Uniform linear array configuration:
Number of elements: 16
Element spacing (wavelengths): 1
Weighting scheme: blackman
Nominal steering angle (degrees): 30
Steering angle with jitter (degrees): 30.875
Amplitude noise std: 0.05
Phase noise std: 0.05

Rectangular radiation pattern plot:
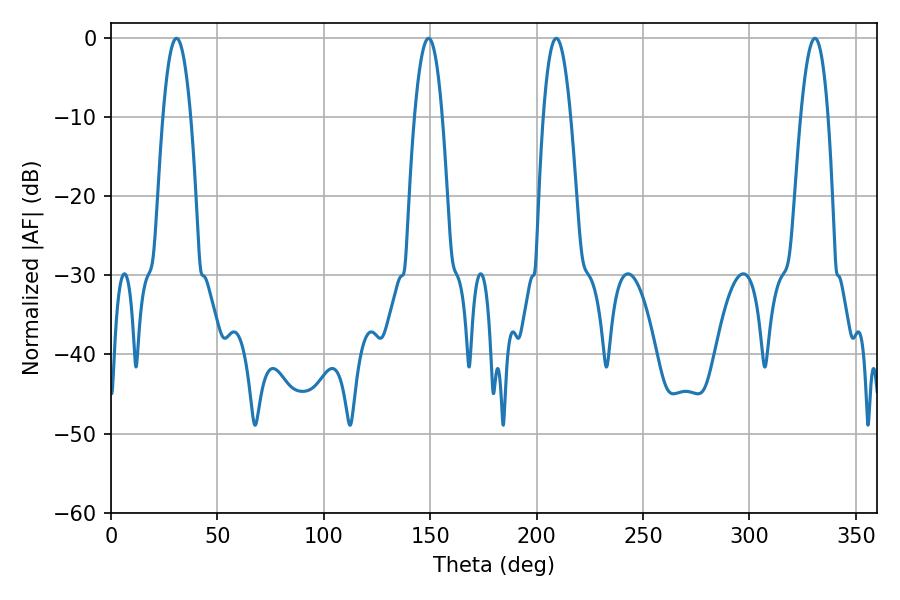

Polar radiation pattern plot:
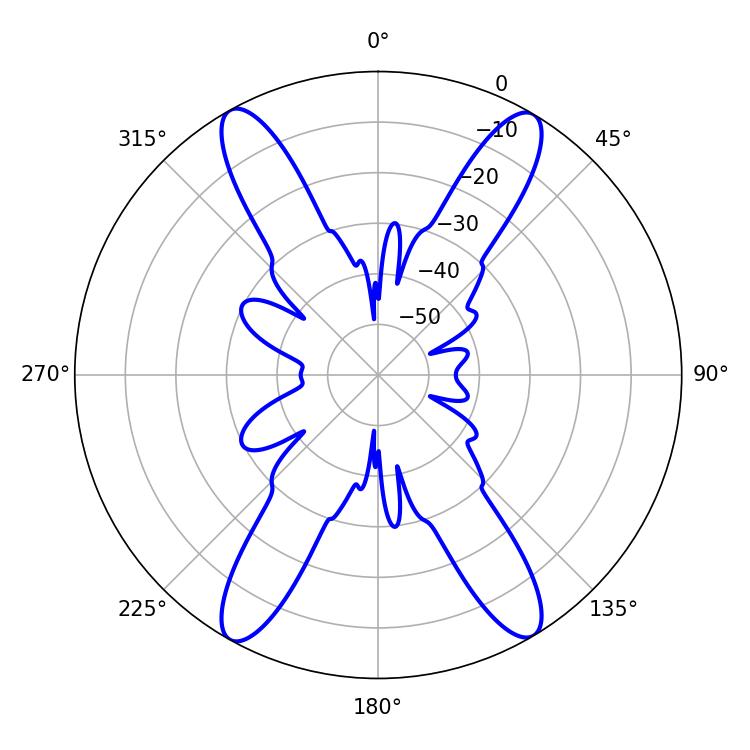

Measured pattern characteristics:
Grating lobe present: TRUE
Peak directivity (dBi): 24.377
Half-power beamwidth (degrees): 7.2
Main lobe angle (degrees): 30.78